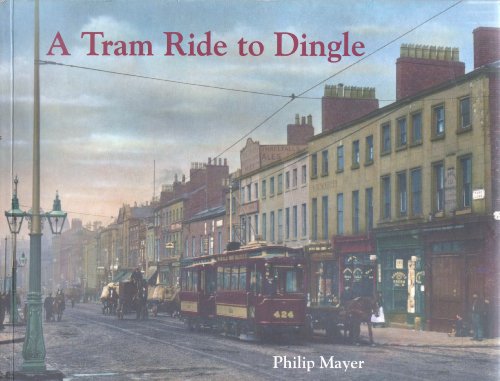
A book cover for By Tram to Dingle; Philip Mayer; Business & Money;